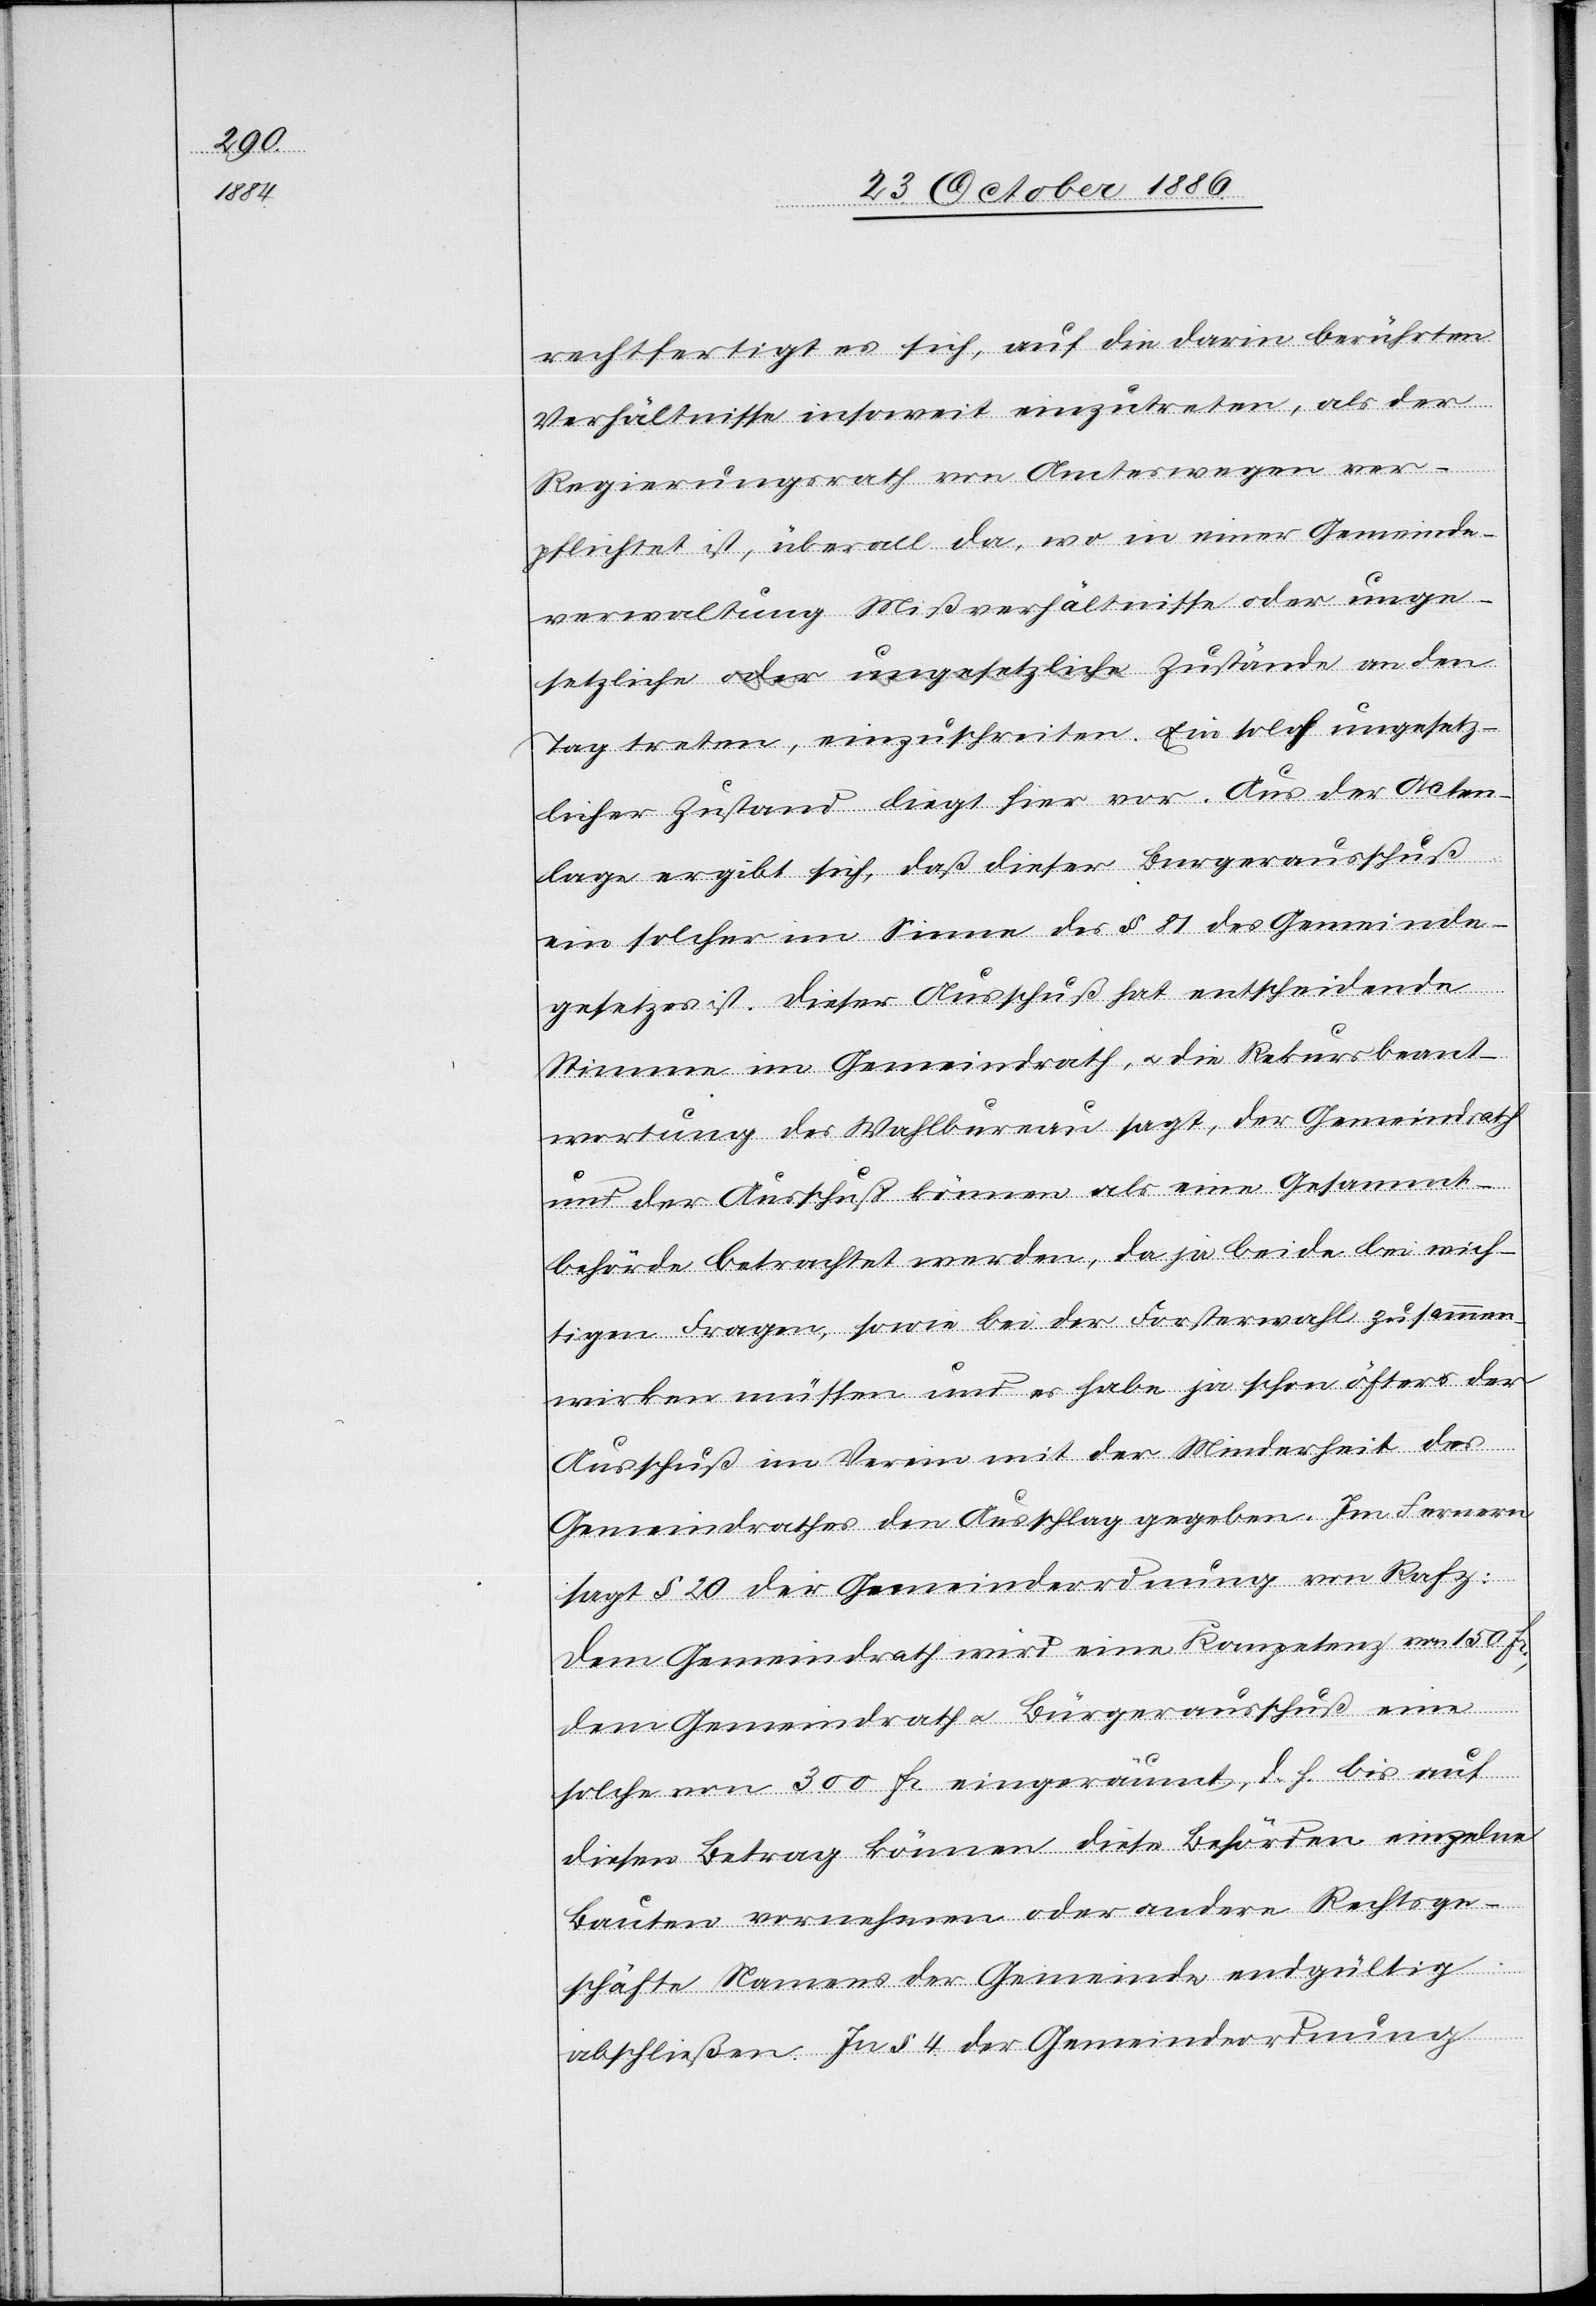
setzliche

rechtfertigt es sich, auf die darin berührten
Verhältnisse insoweit einzutreten, als der
Regierungsrath von Amteswegen ver¬
pflichtet ist, überall da, wo in einer Gemeinde¬
verwaltung Mißverhältnisse oder unge¬
Tag treten, einzuschreiten. Ein solch ungesetz¬
licher Zustand liegt hier vor. Aus der Acten¬
lage ergibt sich, daß dieser Burgerausschuß
ein solcher im Sinne des § 81 des Gemeinde¬
gesetzes ist. Dieser Ausschuß hat entscheidende
Stimme im Gemeindrath, & die Rekursbeant¬
wortung des Wahlbureau sagt, der Gemeindrath
und der Ausschuß können als eine Gesammt¬
behörde betrachtet werden, da ja beide bei wich¬
tigen Fragen, sowie bei der Forsterwahl [sic!] zusammen
wirken müssen und es habe ja schon öfters der
Ausschuß im Verein mit der Minderheit des
Gemeindrathes den Ausschlag gegeben. Im Fernern
sagt § 20 der Gemeindeordnung von Rafz:
Dem Gemeindrath wird eine Kompetenz von 150 Fr.,
dem Gemeindrath & Bürgerausschuß eine
solche von 300 Fr. eingeräumt, d. h. bis auf
diesen Betrag können diese Behörden einzelne
Bauten vornehmen oder andere Rechtsge¬
schäfte Namens der Gemeinde endgültig
abschließen. In § 4 der Gemeindeordnung